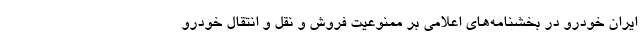
ایران خودرو در بخشنامه‌های اعلامی بر ممنوعیت فروش و نقل و انتقال خودرو